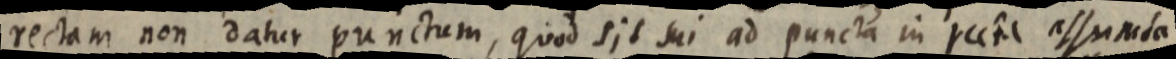
rectam non datur punctum, quod sit sui ad puncta in recta assumta